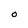
Character: O